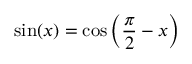
\sin ( x ) = \cos \left( { \frac { \pi } { 2 } } - x \right)